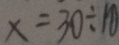
x = 3 0 \div 1 0